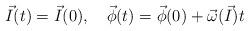
LaTeX: \begin{align*}{\vec I}(t)={\vec I}(0), \quad {\vec\phi}(t)={\vec\phi}(0)+{\vec\omega}({\vec I})t\end{align*}